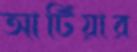
আটিয়ার